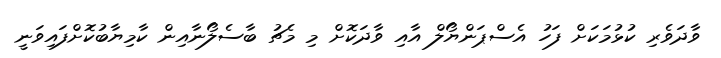
ވާދަވެރި ކުޅުމަކަށް ފަހު އެސްޕަންޔޯލް އާއި ވާދަކޮށް މި މެޗު ބާސެލޯނާއިން ކާމިޔާބުކޮށްފައިވަނީ